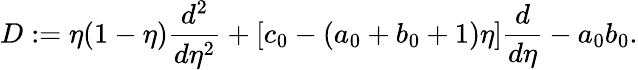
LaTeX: D:=\eta(1-\eta)\frac{d^{2}}{d\eta^{2}}+[c_{0}-(a_{0}+b_{0}+1)\eta]\frac{d}{d\eta}-a_{0}b_{0}.